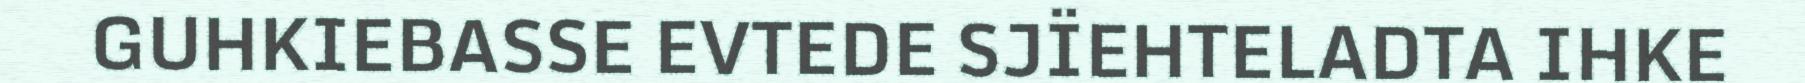
GUHKIEBASSE EVTEDE SJÏEHTELADTA IHKE